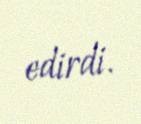
edirdi.